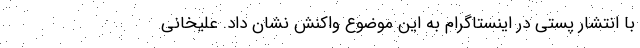
با انتشار پستی در اینستاگرام به این موضوع واکنش نشان داد. علیخانی